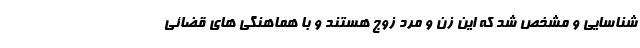
شناسایی و مشخص شد که این زن و مرد زوج هستند و با هماهنگی های قضائی